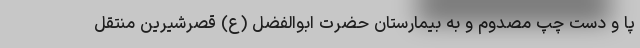
پا و دست چپ مصدوم و به بیمارستان حضرت ابوالفضل (ع) قصرشیرین منتقل